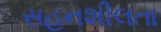
સહનશીલતા